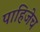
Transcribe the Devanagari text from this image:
पाहिजेच